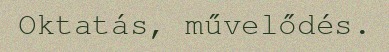
Oktatás, művelődés.